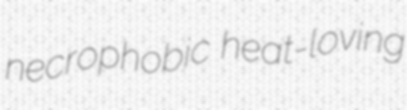
necrophobic heat-loving